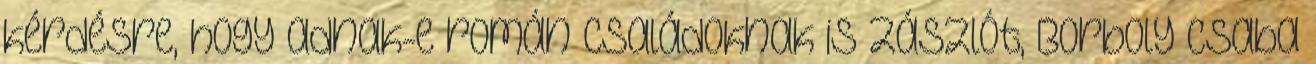
kérdésre, hogy adnak-e román családoknak is zászlót, Borboly Csaba